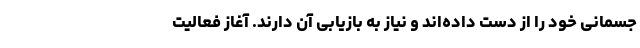
جسمانی خود را از دست داده‌اند و نیاز به بازیابی آن دارند. آغاز فعالیت